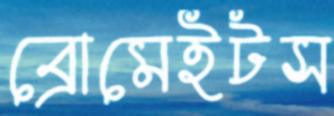
ব্রোমেইটস